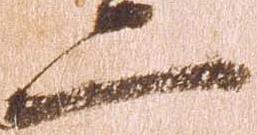
二